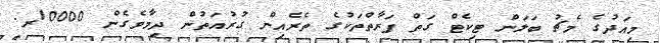
މިއަދުގެ މެޗު ބަލަން ޓިކެޓް ގަތް ފަރާތްތަކުގެ ތެރެއިން ގުރުއަތުން ދިމާވެގެން 10000ރ.